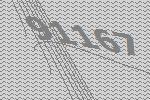
91167